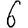
Digit: 6